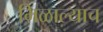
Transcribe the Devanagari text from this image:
मिळाल्याच